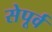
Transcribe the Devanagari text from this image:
सेपूर्व